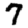
Digit: 7